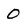
Character: 0